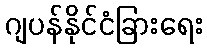
ဂျပန်နိုင်ငံခြားရေး